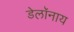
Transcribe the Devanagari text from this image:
डेलॉनाय